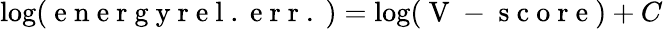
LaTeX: \log(\mathrm{~e~n~e~r~g~y~r~e~l~.~e~r~r~.~})=\log(\mathrm{~V~-~s~c~o~r~e~})+C